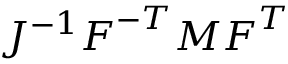
J ^ { - 1 } { \boldsymbol { F } } ^ { - T } { \boldsymbol { M } } { \boldsymbol { F } } ^ { T }